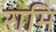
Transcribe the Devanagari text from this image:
रामि